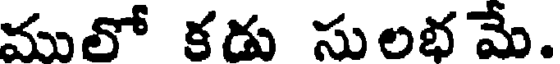
ములో కడు సులభ మే.